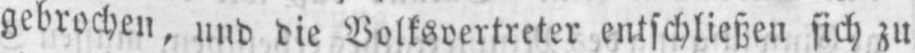
gebrochen, und die Volksvertreter entschließen sich zu